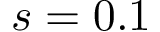
s = 0 . 1